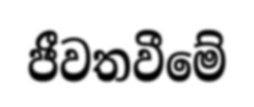
ජීවතවීමේ